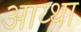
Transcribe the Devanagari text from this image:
आय्था